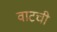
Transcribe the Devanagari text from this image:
वाटची